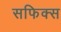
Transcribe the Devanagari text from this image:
सफिक्स